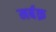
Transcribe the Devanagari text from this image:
मर्बक़